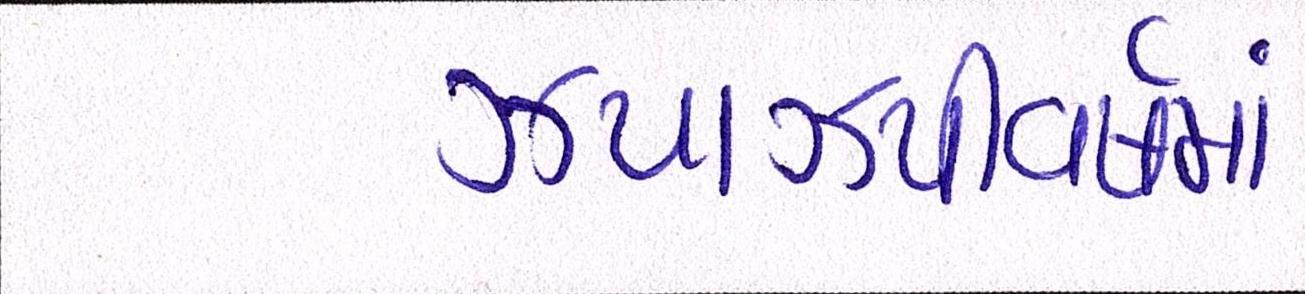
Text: ઝપાઝપીવર્ષમાં